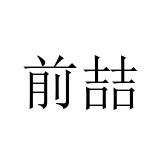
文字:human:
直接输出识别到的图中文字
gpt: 前喆